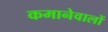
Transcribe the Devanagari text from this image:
कमानेवालों